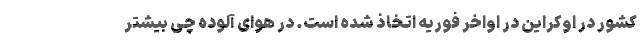
کشور در اوکراین در اواخر فوریه اتخاذ شده است. در هوای آلوده چی بیشتر